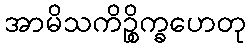
အာမိသကိဉ္စိက္ခဟေတု